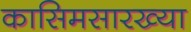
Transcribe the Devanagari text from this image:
कासिमसारख्या